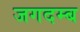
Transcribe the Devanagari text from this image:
जगदम्ब